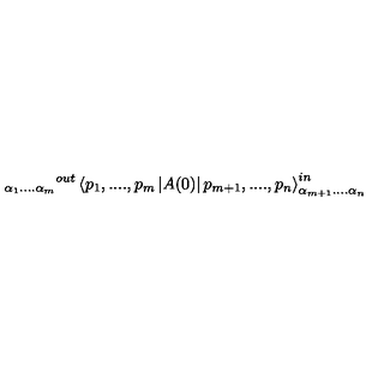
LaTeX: _ { \alpha _ { 1 } . . . . \alpha _ { m } } { } ^ { o u t } \left\langle p _ { 1 } , . . . . , p _ { m } \left| A ( 0 ) \right| p _ { m + 1 } , . . . . , p _ { n } \right\rangle _ { \alpha _ { m + 1 } . . . . \alpha _ { n } } ^ { i n }